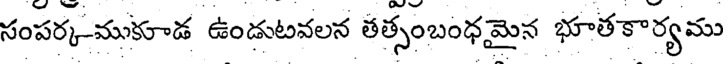
సంపర్క-ముకూడ ఉండుటవలన తత్సంబంధమైన భూతకార్యము